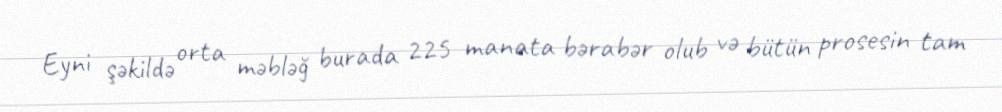
Eyni şəkildə orta məbləğ burada 225 manata bərabər olub və bütün prosesin tam